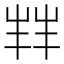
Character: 𫵮